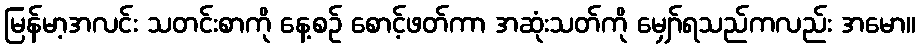
မြန်မာ့အလင်း သတင်းစာကို နေ့စဉ် စောင့်ဖတ်ကာ အဆုံးသတ်ကို မျှော်ရသည်ကလည်း အမော။